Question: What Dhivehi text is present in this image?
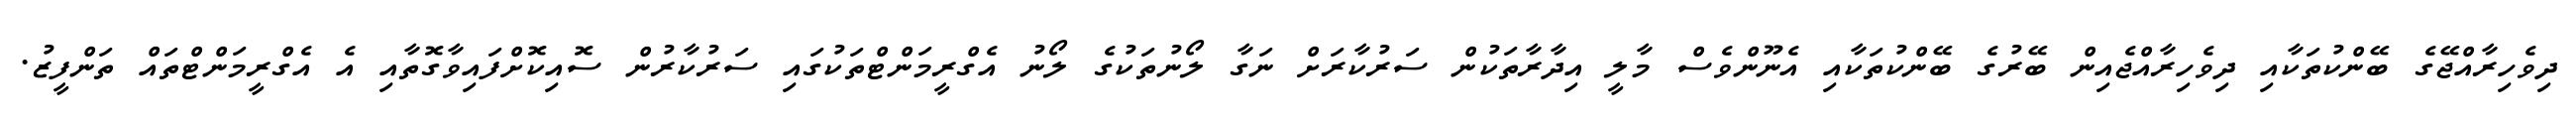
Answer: ދިވެހިރާއްޖޭގެ ބޭންކުތަކާއި ދިވެހިރާއްޖެއިން ބޭރުގެ ބޭންކުތަކާއި އެނޫންވެސް މާލީ އިދާރާތަކުން ސަރުކާރަށް ނަގާ ލޯނުތަކުގެ ލޯނު އެގްރީމަންޓްތަކުގައި ސަރުކާރުން ސޮއިކޮށްފައިވާގޮތާއި އެ އެގްރީމަންޓްތައް ތަންފީޒު.